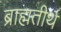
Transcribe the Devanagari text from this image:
ब्राह्मतीर्थ